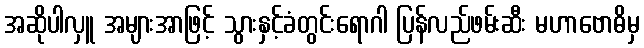
အဆိုပါလှူ အများအာဖြင့် သွားနှင့်ခံတွင်းရောဂါ ပြန်လည်ဖမ်းဆီး မဟာဗောဓိမှ